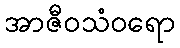
အာဇီဝသံဝရော